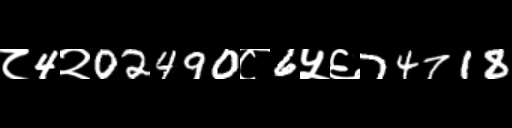
Text: ८4२02490८6५६74718